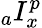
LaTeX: {}_{a}I_{x}^{p}